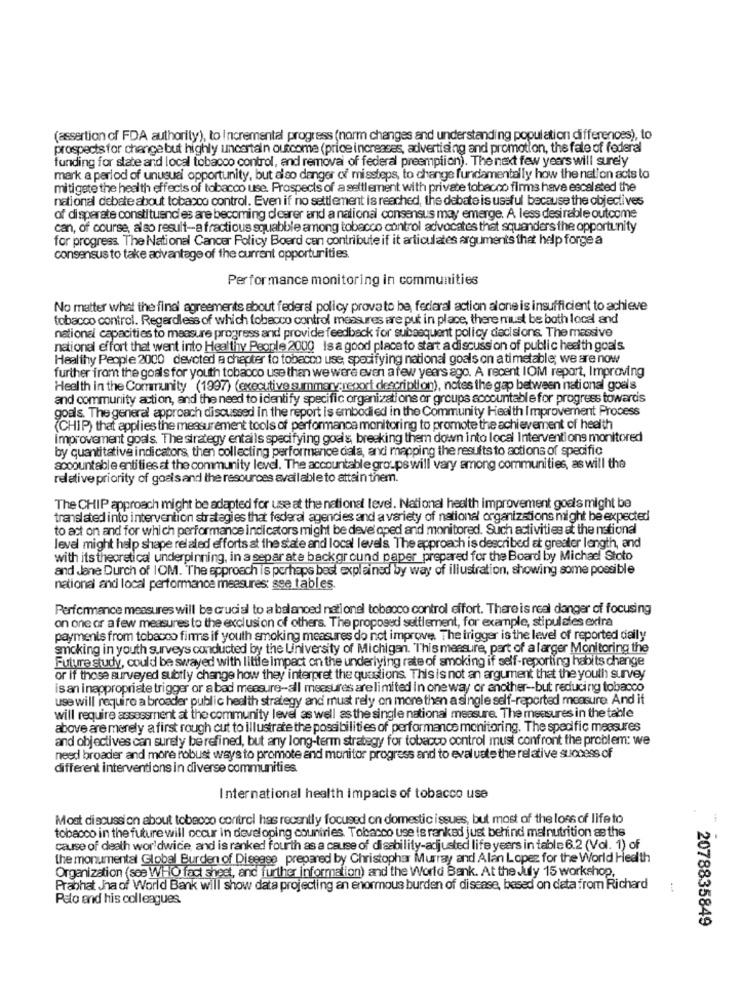
(assertion of FDA authority), to incremental progress (norm changes and understanding population differences), to
prospects for change but highly uncertain outcome (price increases, advertising and promotion, the fate of federal
funding for state and local tobacco control, and removal of federal preemption). The next few years will surely
mark a period of unusual opportunity, but also danger of missteps, to change fundamentally how the nation acts to
mitigate the health effects of tobacco use. Prospects of a settlement with private tobacco firms have escalated the
national debate about tobacco control. Even if no settlement is reached, the debate is useful because the objectives
of disperate constituencies are becoming dearer and a national consensus may emerge. A less desirable outcome
can, of course, also result-a fractious squabble among tobacco control advocates that squanders the opportunity
for progress The National Cancer Policy Boerd can contribute if it articulates arguments that help forge a
consensus to take advantage of the current opportunities.
Performance monitoring in communities
No matter what the final agreements about federal policy provato be federal action alone is insufficient to achieve
tobacco control. Regardless of which tobacco control measures are put in place, there must be both local and
national capacities to measure progress and provide feedback for subsequent policy decisions. The massive
national effort that went into Healthy People 2000 Is a good placeto start a discussion of public health goals
Healthy People 2000 devoted a chapter to tobacco use, specifying national goals on a timetable; we are now
further from the goals for youth tobacco use than we were even a few years ago. A recent IOM report, Improving
Health in the Community (1997) (executive summary;report description), notes the gap between national goal's
and community action, and the need to identify specific organizations or groups accountable for progress toward's
goals. The general approach discussed in the report is embodied in the Community Health Improvement Process
(CHIP) that applies the measurement tools of performance monitoring to promote the achievement of health
improvement goals. The strategy entails specifying goals, breaking them down into local Interventions monitored
by quantitative indicators, then collecting performance cala, and mapping the results to actions of specific
accountable entities at the community level. The accountable groups will vary among communities, as will the
relative priority of goals and the resources available to attain them.
The CHIP approach might be adapted for use at the national level. National health improvement goals might be
translated into intervention strategies that federal agencies and a variety of national organizations might be expected
to act on and for which performance indicators might be developed and monitored. Such activities at the national
level might help shape relaled efforts at the state and local level's The approach is described at greater length, and
with its theoretical underpinning, in a separate background paper prepared for the Board by Michael Stoto
and Jane Durch of IOM. The approach is perhaps best explained by way of illustration, showing some possible
national and local performance measures: sse tables.
Performance measures will be crucial to a balanced nationel tobacco control effort. Thereis real danger of focusing
on one or a few measures to the exclusion of others. The proposed settlement, for example, stipulales extra
payments from tobacco firms if youth smoking measures do not improve, The trigger is the level of reported daily
smoking in youth surveys conducted by the University of Michigan. This measure, part of a larger Monitoring the
Future study, could be swayed with little impact on the underlying rate of smoking if self-reporting habits change
or if those surveyed subtly change how they interpret the questions. This is not an argument that the youth survey
is an inappropriate trigger or a bad measure-all measures are limited in one way or another -- but reducing tobacco
use will require a broader public health strategy and must rely on more then a single self-reported measure. And it
will require assessment at the community level as well as the single national measure. The measures in the table
above are merely a first rough cut to illustrate the possibilities of performance monitoring. The specific measures
and objectives can surely be refined, but any long-term strategy for tobacco control must confront the problem: we
need broader and more robust ways to promote and monitor progress and to evaluate the relative success of
different interventions in diverse communities
International health impacts of tobacco use
Most discussion about tobacco control has recently focused on domestic issues, but most of the loss of life to
tobacco in the future will occur in developing countries Tobacco use is ranked just behind malnutrition as the
cause of death worldwide, and is ranked fourth as a cause of disability-adjusted life years in table 6.2 (Vol. 1) of
the monumental Global Burden of Disease prepared by Christopher Murray and Alan Lopes for the World Health
Organization (see WHO fact Sheet, and further information) and the World Bank. At the July 15 workshop,
Prabhat ha of World Bank will show data projecting an enormous burden of disease, based on data from Richard
Pelo and his colleagues.
2078835849